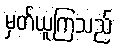
မှတ်ယူကြသည်